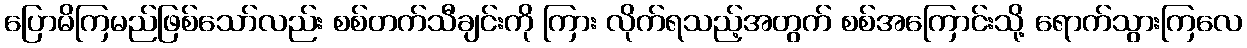
ပြောမိကြမည်ဖြစ်သော်လည်း စစ်တက်သီချင်းကို ကြား လိုက်ရသည့်အတွက် စစ်အကြောင်းသို့ ရောက်သွားကြလေ